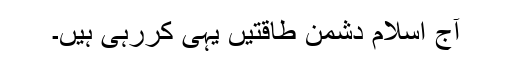
آج اسلام دشمن طاقتیں یہی کررہی ہیں۔